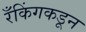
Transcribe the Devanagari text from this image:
रँकिंगकडून